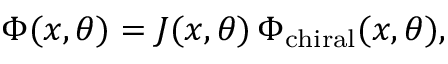
\Phi ( x , \theta ) = J ( x , \theta ) \, \Phi _ { \mathrm { c h i r a l } } ( x , \theta ) ,